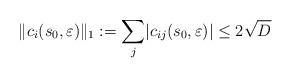
LaTeX: \begin{align*} \lVert c_i(s_0,\varepsilon) \rVert_1:= \sum_j \lvert c_{ij}(s_0,\varepsilon) \rvert \leq 2 \sqrt{D} \end{align*}